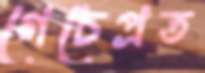
গেচেপ্রত